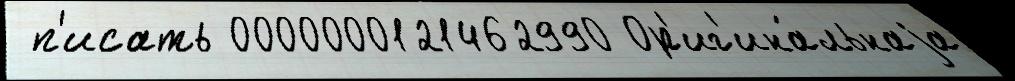
 п'исать 0000000121462990 Ор'иг'ина́льнаjа